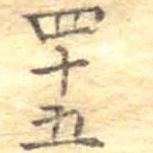
四十五